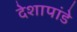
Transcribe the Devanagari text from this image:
देशापांडे